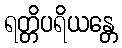
ရတ္တိပရိယန္တေ